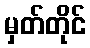
မှတ်တိုင်